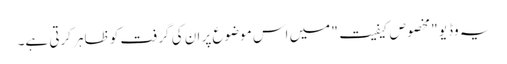
یہ وڈیو "مخصوص کیفیت" میں اس موضوع پر ان کی گرفت کو ظاہر کرتی ہے۔